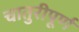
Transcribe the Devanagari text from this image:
चातुरीपूर्ण